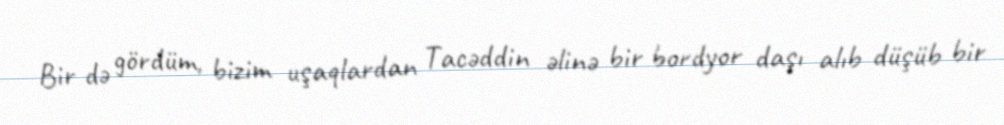
Bir də gördüm, bizim uşaqlardan Tacəddin əlinə bir bordyor daşı alıb düşüb bir